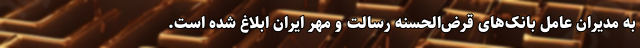
به مدیران عامل بانک‌های قرض‌الحسنه رسالت و مهر ایران ابلاغ شده است.